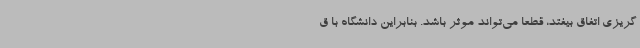
گریزی اتفاق بیفتد، قطعا می‌تواند موثر باشد. بنابراین دانشگاه با ق